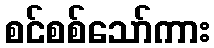
စင်စစ်သော်ကား